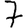
Digit: 7